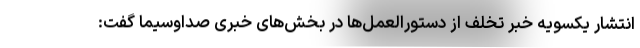
انتشار یکسویه خبر تخلف از دستورالعمل‌ها در بخش‌های خبری صداوسیما گفت: